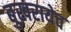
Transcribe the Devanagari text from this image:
बुख़रायेव